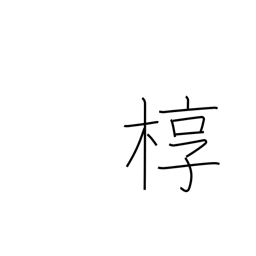
Meaning: outer box for a coffin